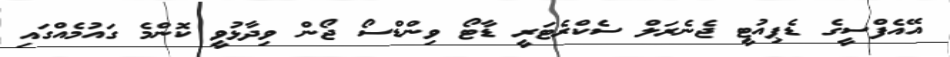
އޭއެފްސީގެ ޑެޕިއުޓީ ޖެނެރަލް ސެކްރެޓަރީ ޑާޓޯ ވިންޑްސޯ ޖޯން ވިދާޅުވީ ކޮންމެ ގައުމެއްގައި